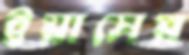
ইয়াসের